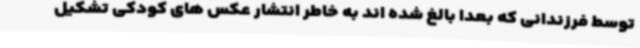
توسط فرزندانی که بعدا بالغ شده اند به خاطر انتشار عکس های کودکی تشکیل